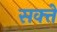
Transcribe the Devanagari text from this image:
सक्त्ते